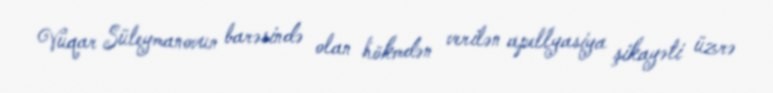
Vüqar Süleymanovun barəsində olan hökmdən verilən apellyasiya şikayəti üzrə